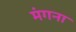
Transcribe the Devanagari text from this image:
मंगना